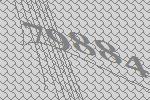
79884